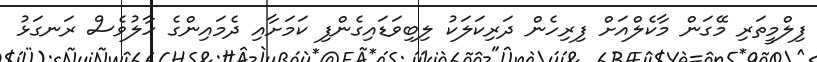
ފިލްމީތަރި މޭގަން މާކެލްއަށް ފިރިހެން ދަރިކަލަކު ލިބިވަޑައިގެންފި ކަމަށާއި ދެމައިންގެ ހާލުވެސް ރަނގަޅު